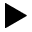
\blacktriangleright